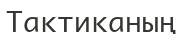
Тактиканың